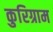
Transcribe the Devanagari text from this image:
कुरिग्राम